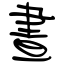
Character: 晝